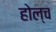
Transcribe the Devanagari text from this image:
होल्च